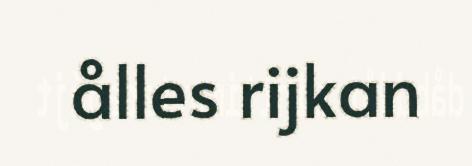
ålles rijkan